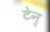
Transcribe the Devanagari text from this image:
टेन्